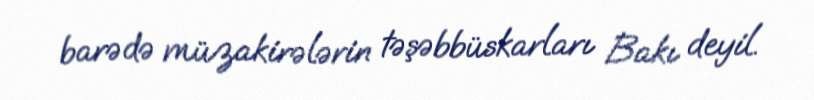
barədə müzakirələrin təşəbbüskarları Bakı deyil.